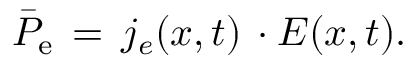
\begin{array} { r } { \bar { P } _ { \mathrm { { e } } } \, = \, j _ { e } ( x , t ) \, \cdot E ( x , t ) . } \end{array}